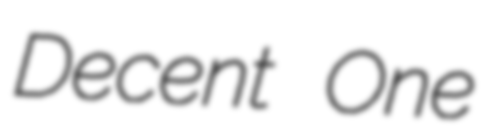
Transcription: Decent One